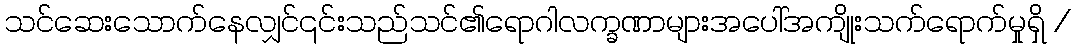
သင်ဆေးသောက်နေလျှင်၎င်းသည်သင်၏ရောဂါလက္ခဏာများအပေါ်အကျိုးသက်ရောက်မှုရှိ /